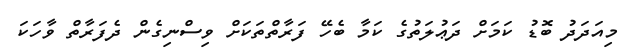
މިއަދަދު ބޮޑު ކަމަށް ދަޢުލަތުގެ ކަމާ ބެހޭ ފަރާތްތަކަށް ވިސްނިގެން ދެފަރާތް ވާހަކަ